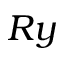
R y